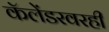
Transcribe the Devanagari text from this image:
कॅलेंडरवरही